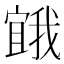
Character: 𭔒